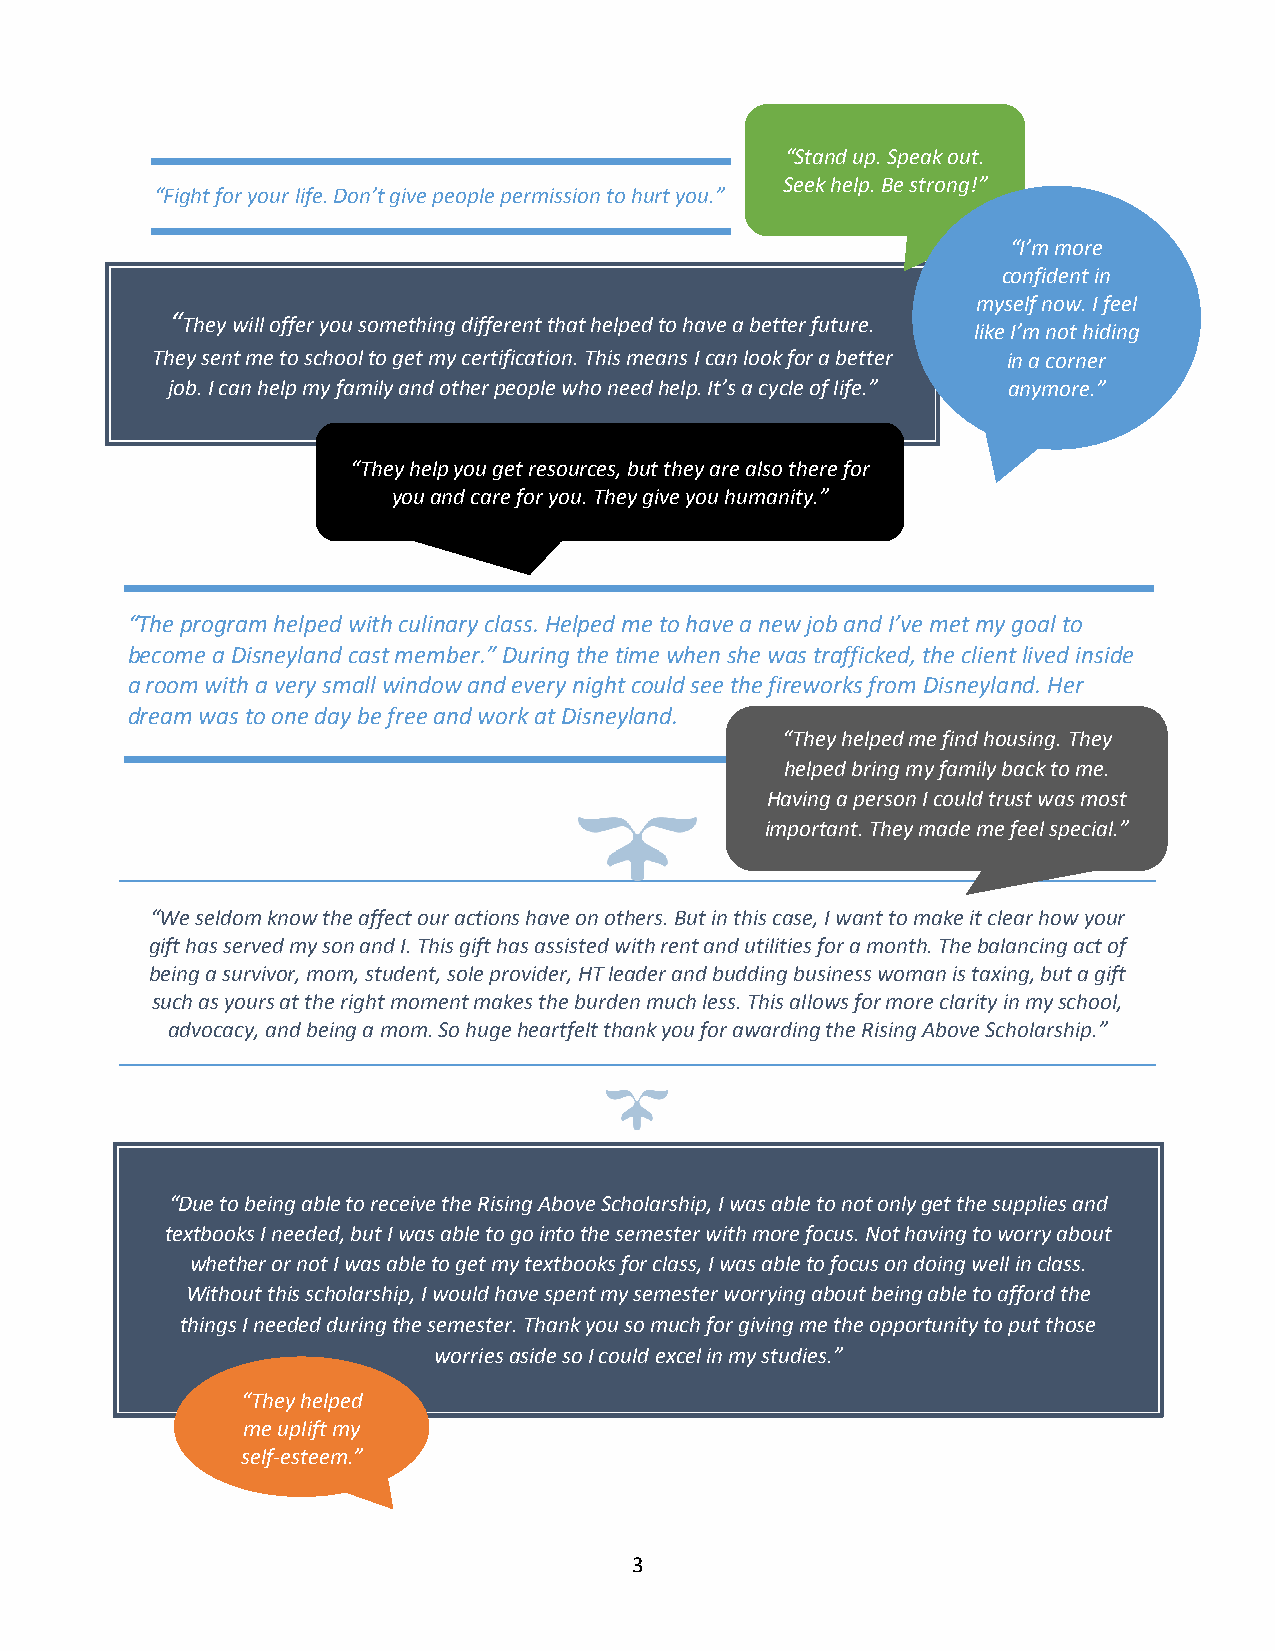
“Stand up. Speak out.
 Seek help. Be strong!”
 “Fight for your life. Don’t give people permission to hurt you.”
 “I’m more
 confident in
 myself now. I feel
 “They will offer you something different that helped to have a better future.
 like I’m not hiding
 They sent me to school to get my certification. This means I can look for a better in a corner
 job. I can help my family and other people who need help. It’s a cycle of life.” anymore.”
 “They help you get resources, but they are also there for
 you and care for you. They give you humanity.”
 “The program helped with culinary class. Helped me to have a new job and I’ve met my goal to
 become a Disneyland cast member.” During the time when she was trafficked, the client lived inside
 a room with a very small window and every night could see the fireworks from Disneyland. Her
 dream was to one day be free and work at Disneyland.
 “They helped me find housing. They
 helped bring my family back to me.
 Having a person I could trust was most
 important. They made me feel special.”
 “We seldom know the affect our actions have on others. But in this case, I want to make it clear how your
 gift has served my son and I. This gift has assisted with rent and utilities for a month. The balancing act of
 being a survivor, mom, student, sole provider, HT leader and budding business woman is taxing, but a gift
 such as yours at the right moment makes the burden much less. This allows for more clarity in my school,
 advocacy, and being a mom. So huge heartfelt thank you for awarding the Rising Above Scholarship.”
 “Due to being able to receive the Rising Above Scholarship, I was able to not only get the supplies and
 textbooks I needed, but I was able to go into the semester with more focus. Not having to worry about
 whether or not I was able to get my textbooks for class, I was able to focus on doing well in class.
 Without this scholarship, I would have spent my semester worrying about being able to afford the
 things I needed during the semester. Thank you so much for giving me the opportunity to put those
 worries aside so I could excel in my studies.”
 “They helped
 me uplift my
 self-esteem.”
 3